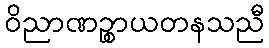
ဝိညာဏဉ္စာယတနသညီ